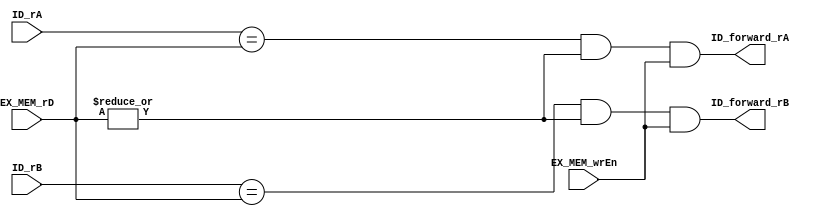
module forwarding_unit (
    ID_rA, ID_rB, EX_MEM_rD, EX_MEM_wrEn, ID_forward_rA, ID_forward_rB
);
    input wire [0:4] ID_rA, ID_rB, EX_MEM_rD;
    input wire EX_MEM_wrEn;
    output wire ID_forward_rA, ID_forward_rB;

    assign ID_forward_rA = (ID_rA == EX_MEM_rD) && (|EX_MEM_rD) && EX_MEM_wrEn;
    assign ID_forward_rB = (ID_rB == EX_MEM_rD) && (|EX_MEM_rD) && EX_MEM_wrEn;

endmodule